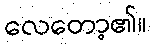
လေတော့၏။